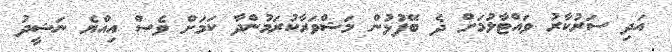
އަދި ސަރުކާރު ވައްޓާލުމަށް ދެ ބޭފުޅުން މަޝްވަރާކުރަމުންދާ ކަމަށް ވެސް އިއްޔެ ނަޝީދު